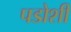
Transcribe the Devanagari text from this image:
पडोशी